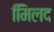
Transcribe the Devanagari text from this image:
मििलद